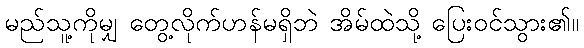
မည်သူ့ကိုမျှ တွေ့လိုက်ဟန်မရှိဘဲ အိမ်ထဲသို့ ပြေးဝင်သွား၏။